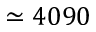
\simeq 4 0 9 0